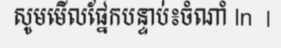
សូមមើលផ្នែកបន្ទាប់៖ចំណាំ ln  |